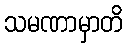
သမဏာမှာတိ